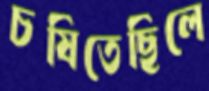
চষিতেছিলে